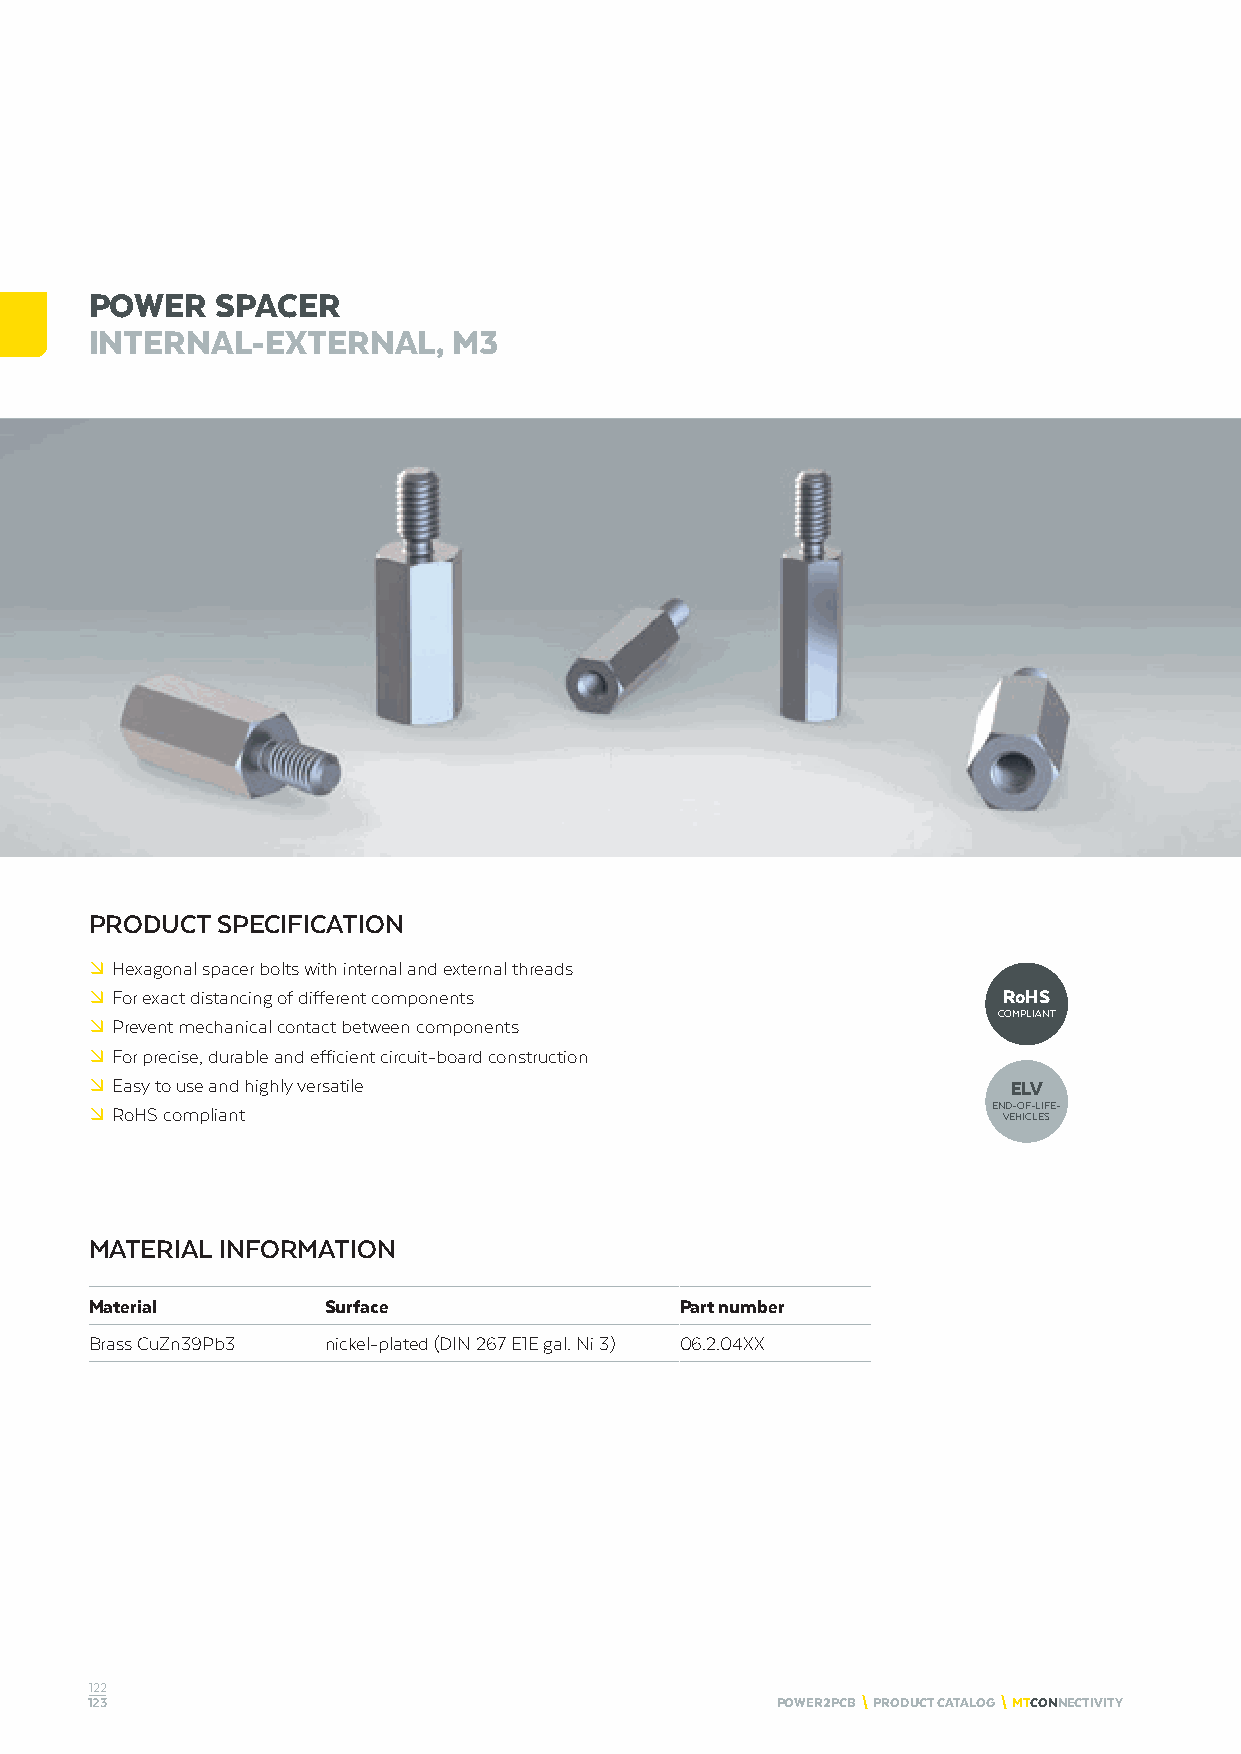
POWER   SPACER
 INTERNAL-EXTERNAL,      M3
 PRODUCT SPECIFICATION
 º Hexagonal spacer bolts with internal and external threads
 º For exact distancing of different components              RoHS
 COMPLIANT
 º Prevent mechanical contact between components
 º For precise, durable and efficient circuit-board construction
 º Easy to use and highly versatile                           ELV
 º RoHS compliant                                            END-OF-LIFE-
 VEHICLES
 MATERIAL INFORMATION
 Material        Surface                Part number
 Brass CuZn39Pb3 nickel-plated (DIN 267 E1E gal. Ni 3) 06.2.04XX
 122
 123                                          POWER2PCB \ PRODUCT CATALOG \ MTCONNECTIVITY